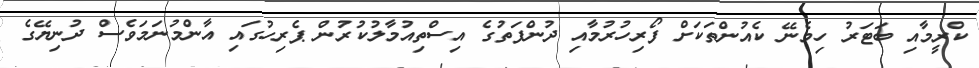
ކްރީމާއި ބަޓަރު ހިމެނޭ ކެއުންތަކަށް ފޯރިހުރުމާއި ދުންފަތުގެ އިސްތިއުމާލުކުރުން ޕެރިހުގައި އާންމުނަމަވެސް ދުނިޔޭގެ